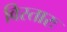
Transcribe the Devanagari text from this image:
विस्तारः